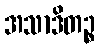
အသာဒိတဉ္စ